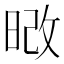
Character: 𭦔